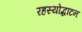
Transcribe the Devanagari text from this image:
रहस्योद्धाटन